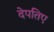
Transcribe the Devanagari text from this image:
देपतिए